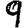
Digit: 9